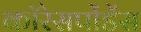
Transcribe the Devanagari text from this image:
कॉरेसपोंडेंस